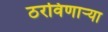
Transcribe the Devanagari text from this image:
ठरविणार्‍या